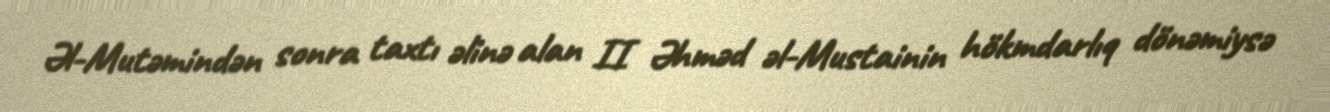
Əl-Mutəmindən sonra taxtı əlinə alan II Əhməd əl-Mustainin hökmdarlıq dönəmiysə